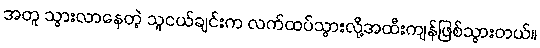
အတူ သွားလာနေတဲ့ သူငယ်ချင်းက လက်ထပ်သွားလို့အထီးကျန်ဖြစ်သွားတယ်။